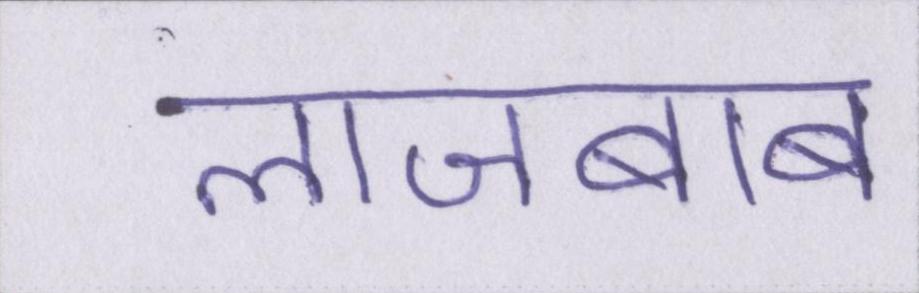
लाजबाब